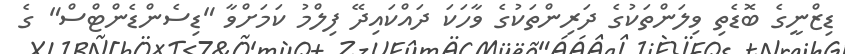
ޑިޒްނީގެ ބޮޑެތި ވިލަންތަކުގެ ދަރިންތަކުގެ ވާހަކަ ދައްކައިދޭ ފިލްމު ކަމަށްވާ "ޑިސެންޑެންޓްސް" ގެ